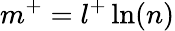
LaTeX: m^{+}=l^{+}\ln(n)